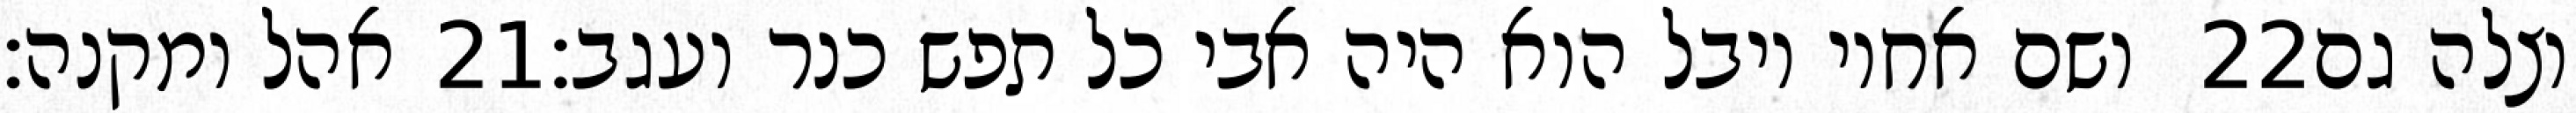
אהל ומקנה׃ ‎21‏ ושם אחיו יובל הוא היה אבי כל תפש כנר ועגב׃ ‎22‏ וצלה גם